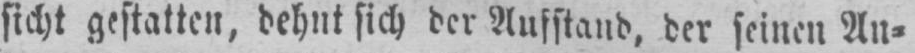
sicht gestatten, dehnt sich der Aufstand, der seinen An⸗